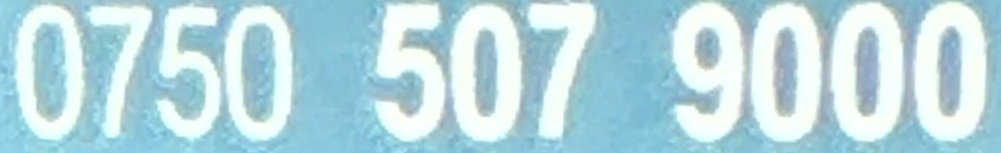
0750 507 9000